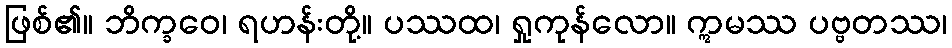
ဖြစ်၏။ ဘိက္ခဝေ၊ ရဟန်းတို့။ ပဿထ၊ ရှုကုန်လော။ ဣမဿ ပဗ္ဗတဿ၊